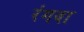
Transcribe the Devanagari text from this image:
रंगवा